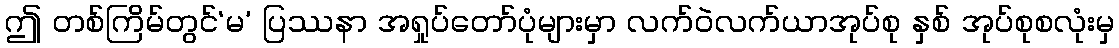
ဤ တစ်ကြိမ်တွင်‘မ’ ပြဿနာ အရှုပ်တော်ပုံများမှာ လက်ဝဲလက်ယာအုပ်စု နှစ် အုပ်စုစလုံးမှ